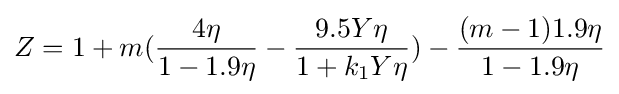
Z=1+m({\frac {4\eta }{1-1.9\eta }}-{\frac {9.5Y\eta }{1+k_{1}Y\eta }})-{\frac {(m-1)1.9\eta }{1-1.9\eta }}